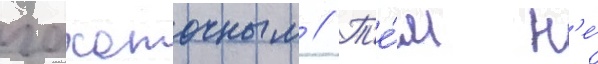
чахоточным // Т'е́м н'е́